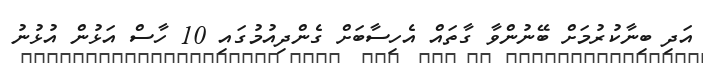
އަދި ބިނާކުރުމަށް ބޭނުންވާ ގާތައް އެހިސާބަށް ގެންދިއުމުގައި 10 ހާސް އަޅުން އުޅުނު